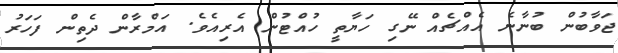
ޖަވާބުން ބުނާނެ އެއްޗެއް ނޭގި ހަޔާތީ ހުއްޓުން އެރިއެވެ. އަމްރާން ދެތިން ފަހަރު